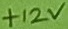
Text: +12V